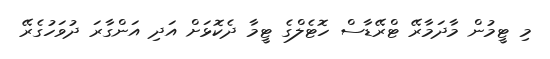
މި ޓީމުން މާދަމާރޭ ޓްރޭޑާސް ހޮޓެލްގެ ޓީމާ ދެކޮޅަށް އަދި އަންގާރަ ދުވަހުގެރޭ